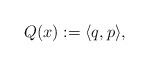
\begin{align*}Q(x):=\langle q, p\rangle,\end{align*}